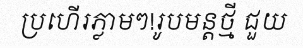
ប្រហើរភ្លាមៗ!រូបមន្តថ្មី ជួយ